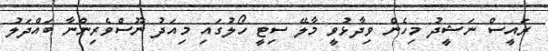
ރައީސް ނަޝީދު މިހެން ވިދާޅުވީ މާލޭ ސިޓީ ހޯލުގައި މިއަދު ނޫސްވެރިންނާ ބައްދަލު